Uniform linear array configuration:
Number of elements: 12
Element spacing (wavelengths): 1
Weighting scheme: exponential
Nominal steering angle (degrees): -45
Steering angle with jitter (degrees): -45.773
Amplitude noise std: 0.05
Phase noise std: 0.05

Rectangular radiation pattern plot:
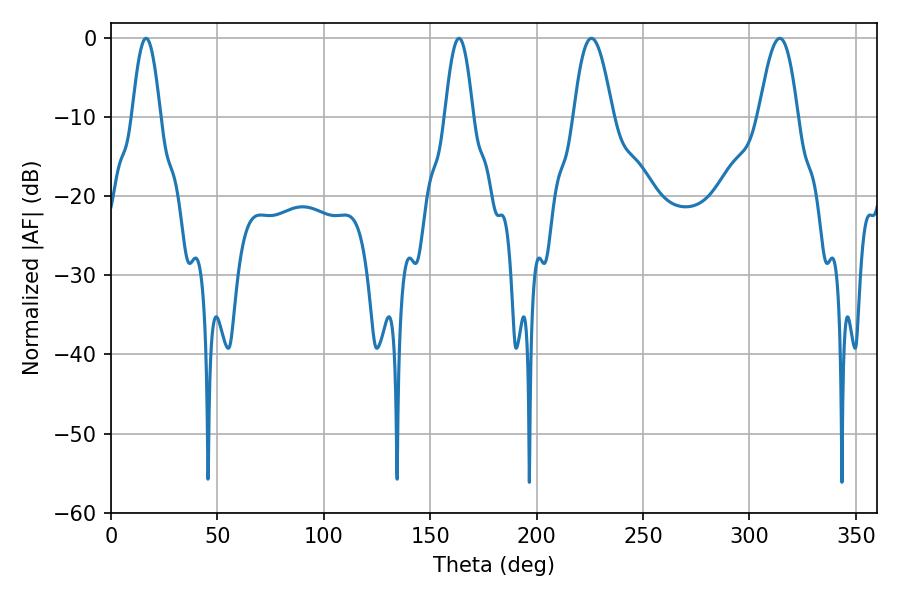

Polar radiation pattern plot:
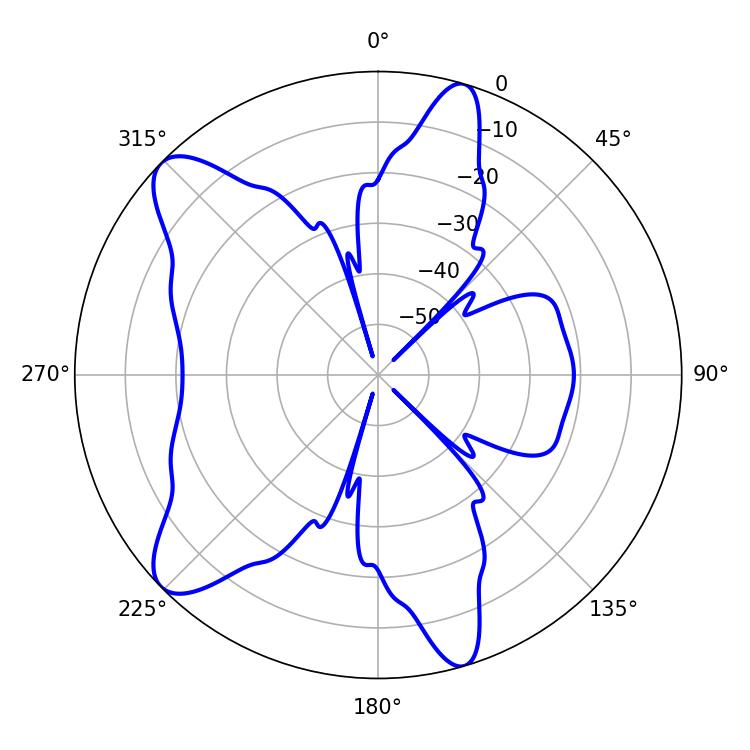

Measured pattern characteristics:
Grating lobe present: TRUE
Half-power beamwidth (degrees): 9.9
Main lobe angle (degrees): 225.72